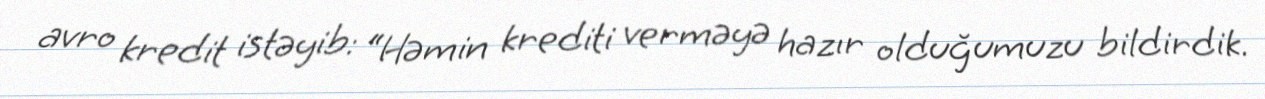
avro kredit istəyib: “Həmin krediti verməyə hazır olduğumuzu bildirdik.